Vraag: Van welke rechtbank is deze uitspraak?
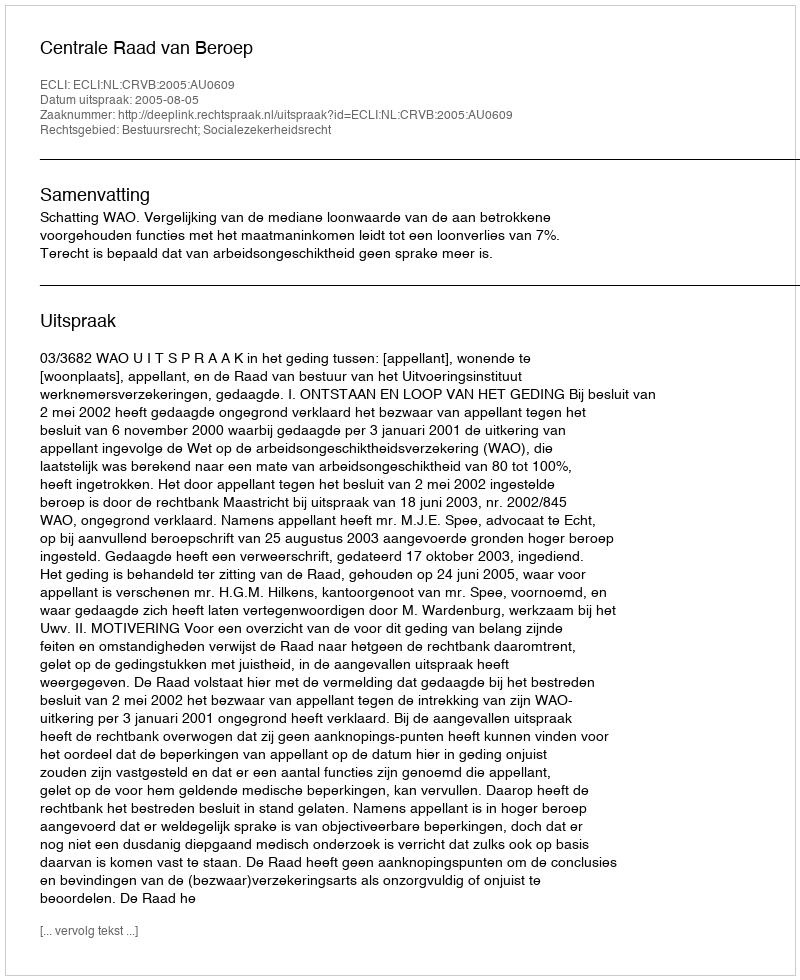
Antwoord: Centrale Raad van Beroep